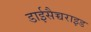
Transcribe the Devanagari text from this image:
डाईसैच्चराइड